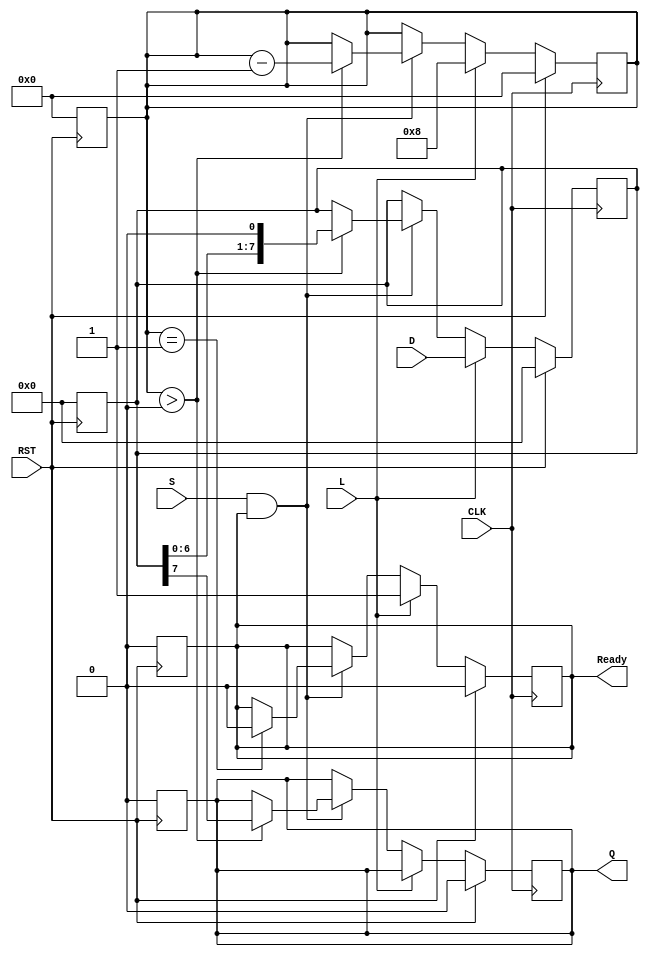
module PISO_Register #(
    parameter WIDTH = 8  // Width of the data bus
)(
    input wire [WIDTH-1:0] D,   // Data inputs
    input wire L,                // Load control signal
    input wire S,                // Shift control signal
    input wire CLK,              // Clock signal
    input wire RST,              // Asynchronous reset
    output reg Q,                // Serial output
    output reg Ready             // Ready signal
);

    reg [WIDTH-1:0] R;           // Internal register storage
    reg [3:0] bit_count;         // Counter to track the number of bits shifted out

    // Asynchronous reset
    always @(posedge RST) begin
        R <= 0;
        Q <= 0;
        Ready <= 0;
        bit_count <= 0;
    end

    // Main operation
    always @(posedge CLK) begin
        if (RST) begin
            R <= 0;
            Q <= 0;
            Ready <= 0;
            bit_count <= 0;
        end
        else begin
            if (L) begin
                // Load operation
                R <= D;  // Load data into the register
                bit_count <= WIDTH; // Reset bit count to the width of the register
                Ready <= 1; // Indicate that the register is ready to shift out data
            end
            else if (S && Ready) begin
                // Shift operation
                if (bit_count > 0) begin
                    Q <= R[WIDTH-1]; // Shift out the MSB
                    R <= {R[WIDTH-2:0], 1'b0}; // Shift left
                    bit_count <= bit_count - 1; // Decrement bit count
                end
                if (bit_count == 1) begin
                    Ready <= 0; // Indicate that shifting is complete
                end
            end
        end
    end

endmodule